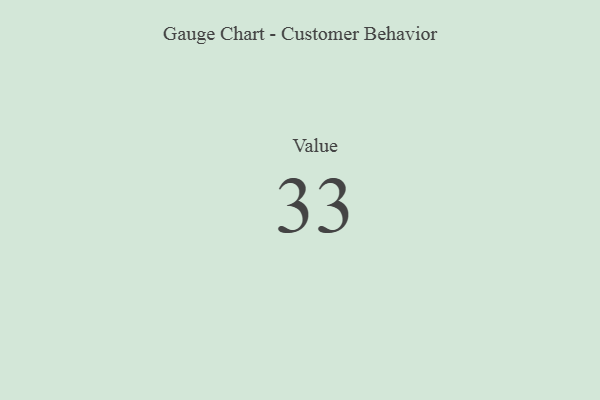
{"axis": {"x": "Metric", "y": "Value"}, "legend": [""], "data": [{"x": "Value", "y": 33, "type": ""}]}